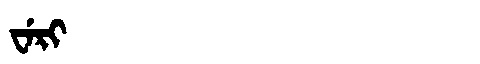
Manchu: ᠸᡝᡵᡳ
Romanization: WERI